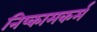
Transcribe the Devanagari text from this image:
निष्कामकर्म